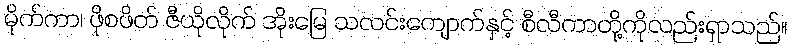
မိုက်ကာ၊ ဖိုစဖိတ် ဇီယိုလိုက် အိုးမြေ သလင်းကျောက်နှင့် စီလီကာတို့ကိုလည်းရှာသည်။